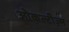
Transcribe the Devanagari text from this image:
ओकल्टीज़्म